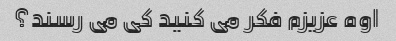
اوه عزیزم فکر می کنید کی می رسند؟